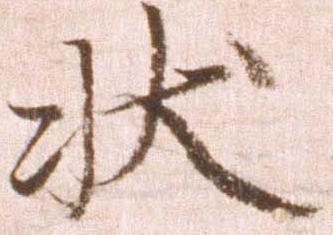
状